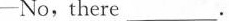
-No,there ___.